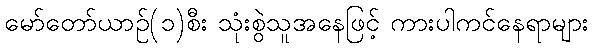
မော်တော်ယာဉ်(၁)စီး သုံးစွဲသူအနေဖြင့် ကားပါကင်နေရာများ